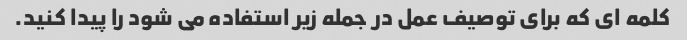
کلمه ای که برای توصیف عمل در جمله زیر استفاده می شود را پیدا کنید.